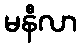
မနီလာ